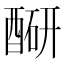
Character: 𬪮